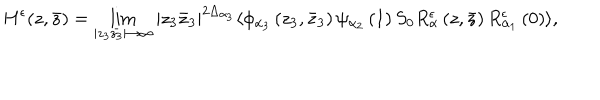
H ^ { \epsilon } ( z , \bar { z } ) = \lim _ { | z _ { 3 } \bar { z _ { 3 } } | \rightarrow \infty } | z _ { 3 } \bar { z } _ { 3 } | ^ { 2 \Delta _ { \alpha _ { 3 } } } \langle \phi _ { \alpha _ { 3 } } \left( z _ { 3 } , \bar { z } _ { 3 } \right) \psi _ { \alpha _ { 2 } } \left( 1 \right) S _ { 0 } R _ { \alpha } ^ { \epsilon } \left( z , \bar { z } \right) R _ { \alpha _ { 1 } } ^ { \epsilon } \left( 0 \right) \rangle ,